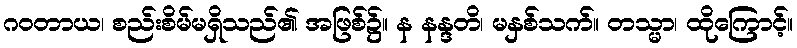
ဂဝတာယ၊ စည်းစိမ်မရှိသည်၏ အဖြစ်၌။ န နန္ဒတိ၊ မနှစ်သက်။ တသ္မာ၊ ထိုကြောင့်။